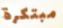
مبتكرة